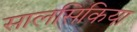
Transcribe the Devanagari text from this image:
सालसिकिया